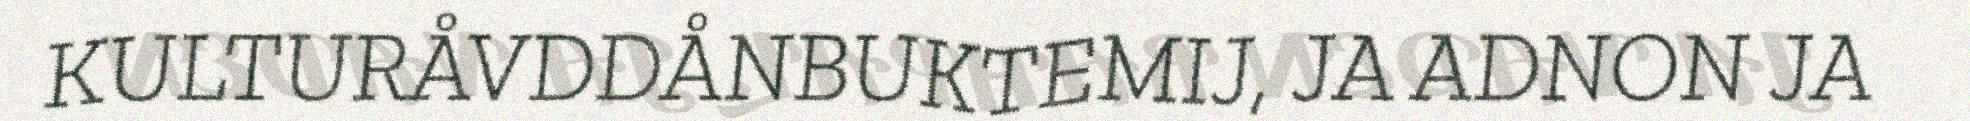
KULTURÅVDDÅNBUKTEMIJ, JA ADNON JA